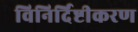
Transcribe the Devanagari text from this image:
विनिर्दिष्टीकरण